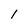
Character: 1